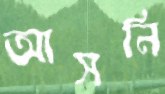
আসনি